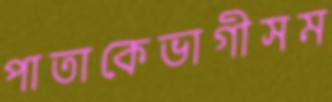
পাতাকেভাগীসম